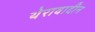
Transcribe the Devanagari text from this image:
थेरावादीन